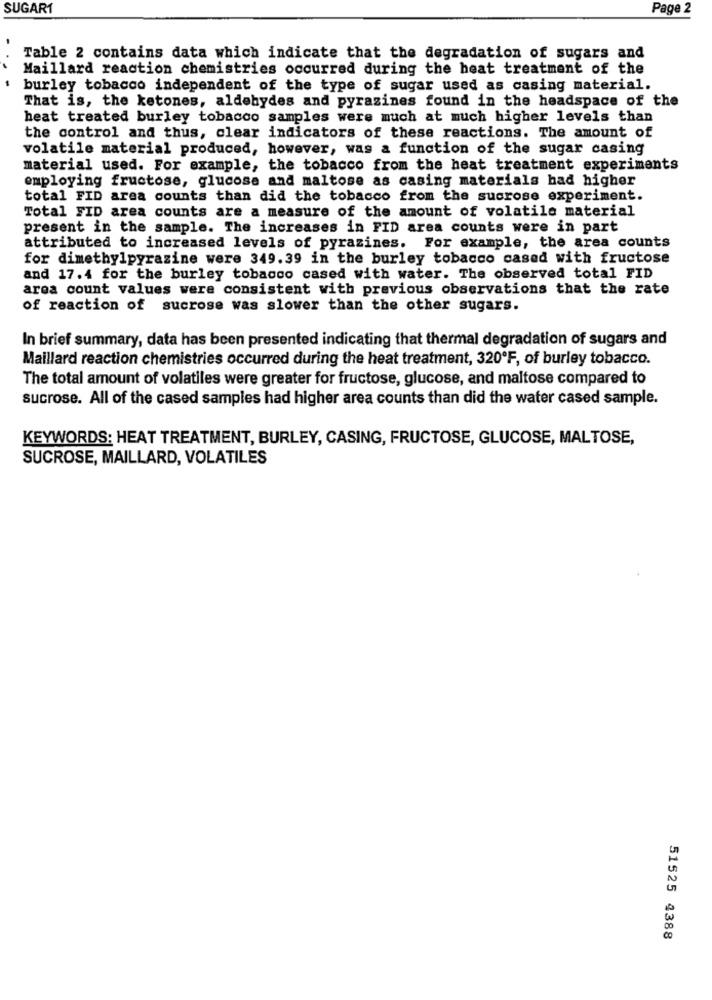
SUGART
Page 2
Table 2 contains data which indicate that the degradation of sugars and
Maillard reaction chemistries occurred during the heat treatment of the
burley tobacco independent of the type of sugar used as casing material.
That is, the ketones, aldehydes and pyrazines found in the headspace of the
heat treated burley tobacco samples were much at much higher levels than
the control and thus, clear indicators of these reactions. The amount of
volatile material produced, however, was a function of the sugar casing
material used. For example, the tobacco from the heat treatment experiments
employing fructose, glucose and maltose as casing materials had higher
total FID area counts than did the tobacco from the sucrose experiment.
Total FID area counts are a measure of the amount of volatile material
present in the sample. The increases in FID area counts were in part
attributed to increased levels of pyrazines. For example, the area counts
for dimethylpyrazine were 349.39 in the burley tobacco cased with fructose
and 17.4 for the burley tobacco cased with water. The observed total FID
area count values were consistent with previous observations that the rate
of reaction of sucrose was slower than the other sugars.
In brief summary, data has been presented indicating that thermal degradation of sugars and
Maillard reaction chemistries occurred during the heat treatment, 320ºF, of burley tobacco.
The total amount of volatiles were greater for fructose, glucose, and maltose compared to
sucrose. All of the cased samples had higher area counts than did the water cased sample.
KEYWORDS: HEAT TREATMENT, BURLEY, CASING, FRUCTOSE, GLUCOSE, MALTOSE,
SUCROSE, MAILLARD, VOLATILES
51525 4388